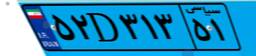
۴۸D۱۰۹۶۷